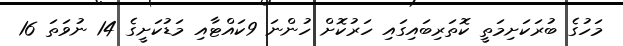
މަހުގެ ބުރަކަށިމަތީ ކޮތަރިބައިގައި ހަރުކޮށް ހުންނަ 9ކައްޓާއި މަޑުކަށީގެ 14 ނުވަތަ 16